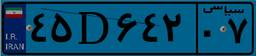
۴۵D۶۴۲۰۷